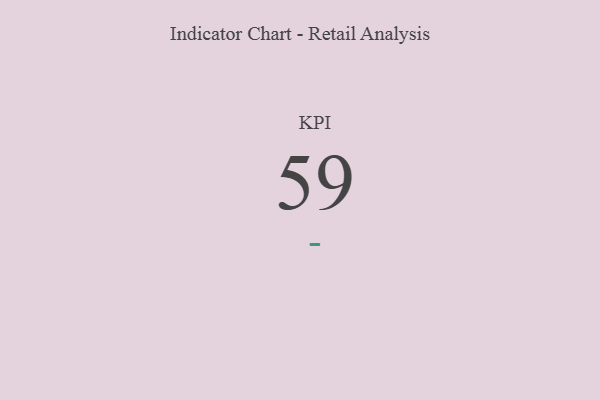
{"axis": {"x": "KPI", "y": "Value"}, "legend": [""], "data": [{"x": "KPI", "y": 59, "type": ""}]}